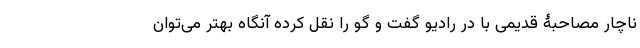
ناچار مصاحبۀ قدیمی با در رادیو گفت و گو را نقل کرده آنگاه بهتر می‌توان